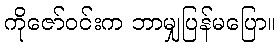
ကိုဇော်ဝင်းက ဘာမျှပြန်မပြော။